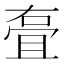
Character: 𭈸